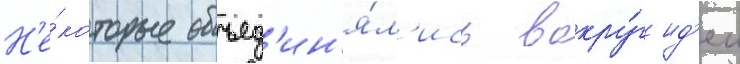
Н'е́которые объед'ин'я́л'ись вокру́г ид'еи